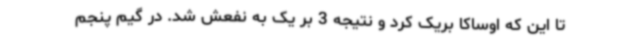
تا این که اوساکا بریک کرد و نتیجه 3 بر یک به نفعش شد. در گیم پنجم